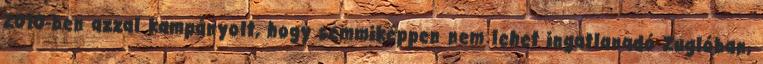
2010-ben azzal kampányolt, hogy semmiképpen nem lehet ingatlanadó Zuglóban,